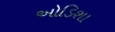
ઓડિશા